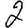
Digit: 2